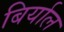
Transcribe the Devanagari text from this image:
बिर्याल